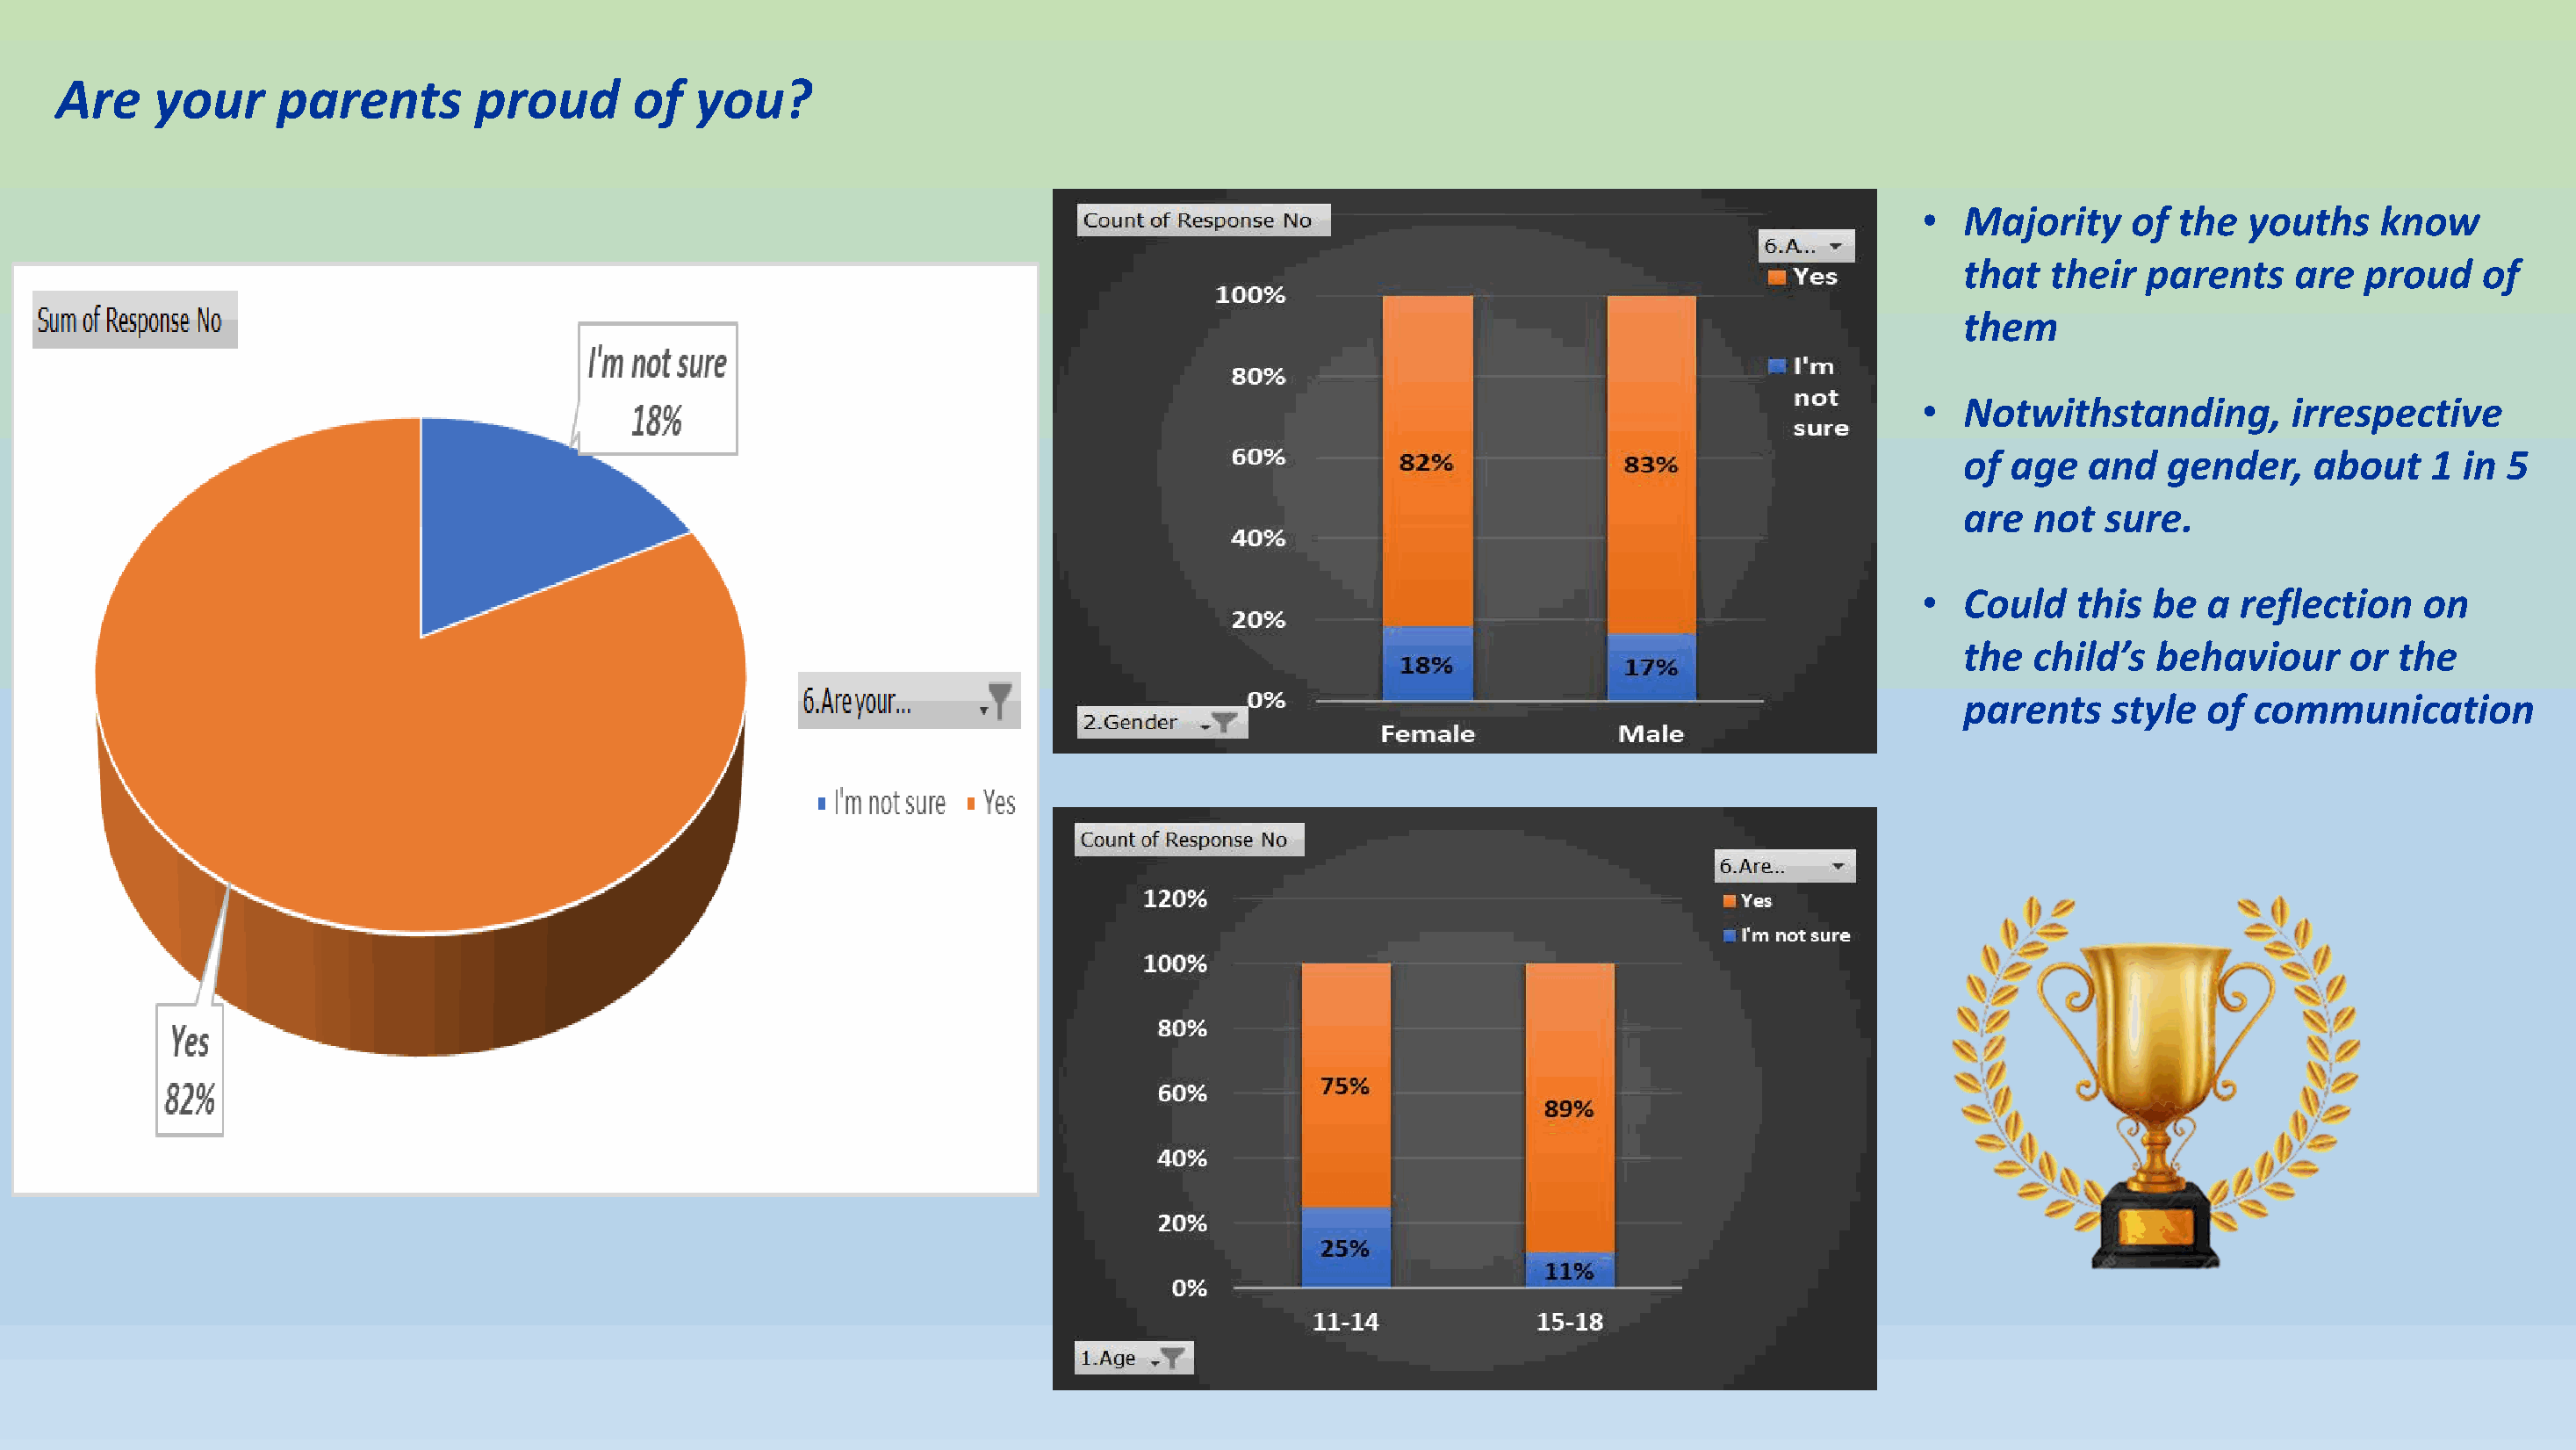
Are     your     parents        proud       of  you?
 •  Majority     of the  youths    know
 that   their  parents    are  proud    of
 them
 •  Notwithstanding,         irrespective
 of  age  and   gender,    about    1  in 5
 are  not   sure.
 •  Could    this be  a  reflection    on
 the  child’s   behaviour     or  the
 parents    style  of  communication